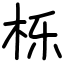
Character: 栎